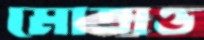
মোতাও